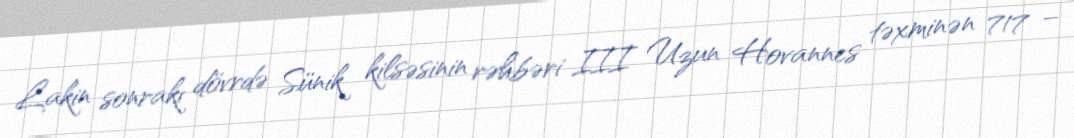
Lakin sonrakı dövrdə Sünik kilsəsinin rəhbəri III Uzun Hovannes təxminən 717 –